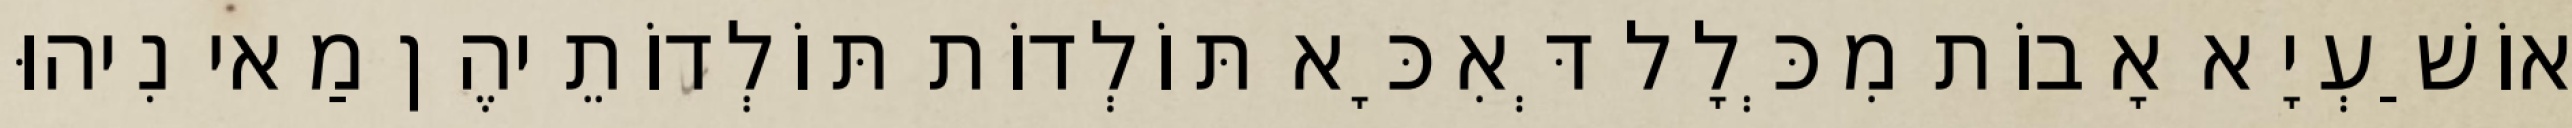
אוֹשַׁעְיָא אָבוֹת מִכְּלָל דְּאִכָּא תּוֹלְדוֹת תּוֹלְדוֹתֵיהֶן מַאי נִיהוּ